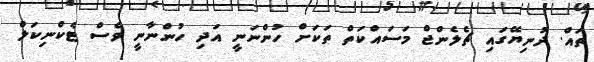
ތައް. ދުނިޔޭގައި ޗެލެންޖް މަސައްކަތް ތަކަށް ހުންނަނީ އަދި ހުންނާނީ ވެސް ޓެކްނިކަލް